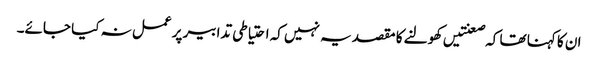
ان کا کہنا تھا کہ صعنتیں کھولنے کا مقصد یہ نہیں کہ احتیاطی تدابیر پر عمل نہ کیا جائے۔